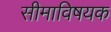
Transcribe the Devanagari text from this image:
सीमाविषयक